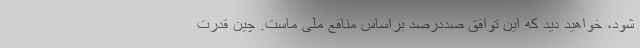
شود، خواهید دید که این توافق صددرصد براساس منافع ملی ماست. چین قدرت